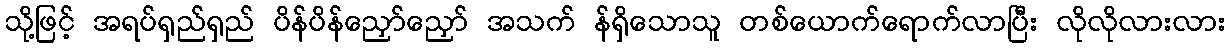
သို့ဖြင့် အရပ်ရှည်ရှည် ပိန်ပိန်ညှော်ညှော် အသက် န်ရှိသောသူ တစ်ယောက်ရောက်လာပြီး လိုလိုလားလား